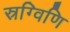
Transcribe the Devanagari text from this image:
स्रग्विणि